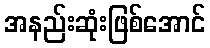
အနည်းဆုံးဖြစ်အောင်